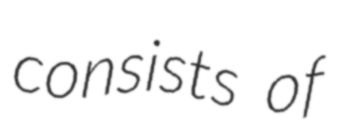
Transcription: consists of